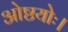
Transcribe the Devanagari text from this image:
ओष्ठयोः।